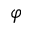
\varphi